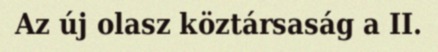
Az új olasz köztársaság a II.